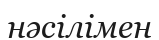
нәсілімен